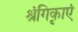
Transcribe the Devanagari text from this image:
श्रृंगिकाएं